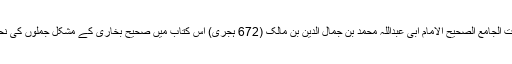
شواہد التوضیع والتصحیح لمشکلات الجامع الصحیح الامام ابی عبداللہ محمد بن جمال الدین بن مالک (672 ہجری) اس کتاب میں صحیح بخاری کے مشکل جملوں کی نحوی و لغوی تشریح کی گئی ہے۔